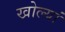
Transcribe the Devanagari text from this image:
खोल्यां